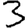
Digit: 3